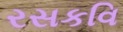
રસકવિ